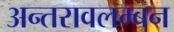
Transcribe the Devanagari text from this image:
अन्तरावलम्बन